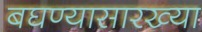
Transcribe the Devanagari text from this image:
बघण्यासारख्या